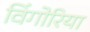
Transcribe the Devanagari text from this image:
विंगोरिया